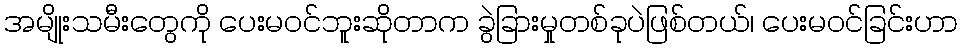
အမျိုးသမီးတွေကို ပေးမဝင်ဘူးဆိုတာက ခွဲခြားမှုတစ်ခုပဲဖြစ်တယ်၊ ပေးမဝင်ခြင်းဟာ